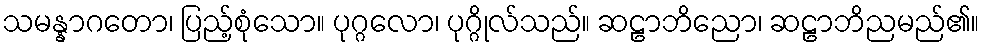
သမန္နာဂတော၊ ပြည့်စုံသော။ ပုဂ္ဂလော၊ ပုဂ္ဂိုလ်သည်။ ဆဠာဘိညော၊ ဆဠာဘိညမည်၏။